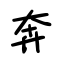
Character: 奔